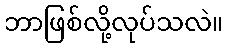
ဘာဖြစ်လို့လုပ်သလဲ။